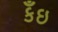
કઁઇ